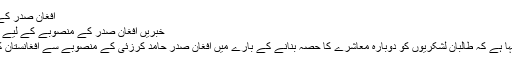
افغان صدر کے منصوبے کے لیے کلنٹن کی حمایت
خبریں افغان صدر کے منصوبے کے لیے کلنٹن کی حمایت جنوری 28, 2010
امریکی وزیرِخارجہ ہلری کلنٹن نے کہا ہے کہ طالبان لشکریوں کو دوبارہ معاشرے کا حصّہ بنانے کے بارے میں افغان صدر حامد کرزئى کے منصوبے سے افغانستان کو مزید استحکام اور سلامتی مِلے گی۔